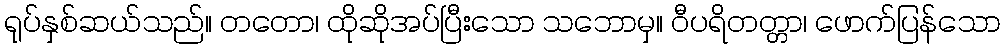
ရုပ်နှစ်ဆယ်သည်။ တတော၊ ထိုဆိုအပ်ပြီးသော သဘောမှ။ ဝီပရိတတ္တာ၊ ဖောက်ပြန်သော